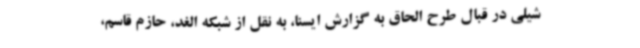
شیلی در قبال طرح الحاق به گزارش ایسنا، به نقل از شبکه الغد، حازم قاسم،